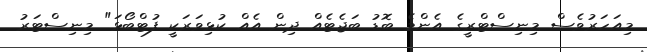
މިއަހަރުވެސް މިނިސްޓްރީގެ އެންމެ ބޮޑު ބަޖެޓެއް ދިން އެއް ކުޅިވަރަކީ ފުޓްބޯޅަ" މިނިސްޓަރު